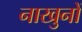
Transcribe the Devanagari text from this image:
नाखुनों